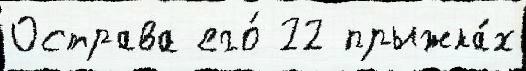
Острава его́ 22 прыжка́х